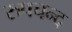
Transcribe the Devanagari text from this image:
रुपचन्द